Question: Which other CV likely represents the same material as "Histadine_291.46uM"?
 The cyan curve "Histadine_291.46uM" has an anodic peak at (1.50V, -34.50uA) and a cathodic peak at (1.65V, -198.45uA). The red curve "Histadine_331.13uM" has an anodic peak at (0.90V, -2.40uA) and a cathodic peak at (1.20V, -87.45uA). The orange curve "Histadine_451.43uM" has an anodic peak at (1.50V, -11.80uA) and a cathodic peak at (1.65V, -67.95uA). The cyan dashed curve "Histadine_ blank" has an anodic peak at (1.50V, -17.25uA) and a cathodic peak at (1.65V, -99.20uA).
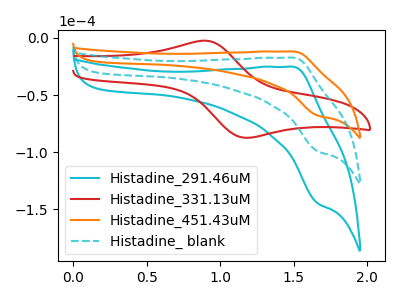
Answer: <think>"Histadine_291.46uM" and "Histadine_331.13uM" have at least one peak that do not match. All the peaks in "Histadine_291.46uM" have a peak in "Histadine_451.43uM" at the same potential. All the peaks in "Histadine_291.46uM" have a peak in "Histadine_ blank" at the same potential. "Histadine_331.13uM" and "Histadine_451.43uM" have at least one peak that do not match. "Histadine_331.13uM" and "Histadine_ blank" have at least one peak that do not match. All the peaks in "Histadine_451.43uM" have a peak in "Histadine_ blank" at the same potential.
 </think>
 <answer>"Histadine_291.46uM" and "Histadine_ blank" have a similar shape to "Histadine_451.43uM".</answer>
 <eval>"Histadine_291.46uM" "Histadine_ blank"</eval>